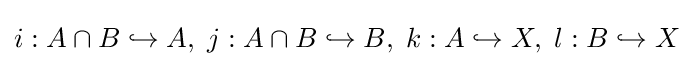
i:A\cap B\hookrightarrow A,\;j:A\cap B\hookrightarrow B,\;k:A\hookrightarrow X,\;l:B\hookrightarrow X